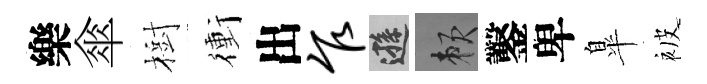
樂傘樹衝出乍遜賴鑿卑臯被